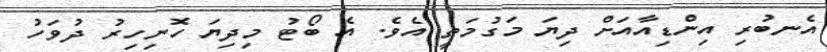
އެނބުރި އިންޑިއާއަށް ދިޔަ މަގުމަތީ އެވެ. އެ ބޯޓު މިދިޔަ ހޮނިހިރު ދުވަހު